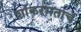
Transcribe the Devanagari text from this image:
शांकरमताचं